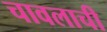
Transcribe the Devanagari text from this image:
चावलाची